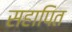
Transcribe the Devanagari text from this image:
सहापित